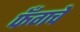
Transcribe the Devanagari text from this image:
फँगचे